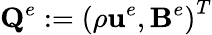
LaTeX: \mathbf{Q}^{e}:=\left(\rho\mathbf{{u}}^{e},\mathbf{B}^{e}\right)^{T}